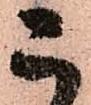
こ